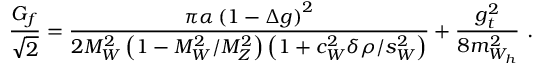
\frac { G _ { f } } { \sqrt { 2 } } = \frac { \pi \alpha \left( 1 - \Delta g \right) ^ { 2 } } { 2 M _ { W } ^ { 2 } \left( 1 - M _ { W } ^ { 2 } / M _ { Z } ^ { 2 } \right) \left( 1 + c _ { W } ^ { 2 } \delta \rho / s _ { W } ^ { 2 } \right) } + \frac { g _ { t } ^ { 2 } } { 8 m _ { W _ { h } } ^ { 2 } } \, \, .